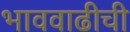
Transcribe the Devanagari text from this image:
भाववाढीची